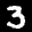
Label: 3